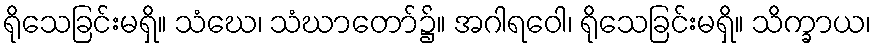
ရိုသေခြင်းမရှိ။ သံဃေ၊ သံဃာတော်၌။ အဂါရဝေါ၊ ရိုသေခြင်းမရှိ။ သိက္ခာယ၊